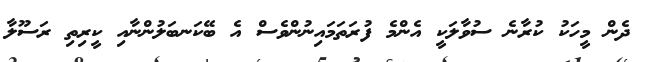
ދެން މީހަކު ކުރާނެ ސުވާލަކީ އެންމެ ފުރަތަމައިނުންވެސް އެ ބޭކަނބަލުންނާއި ކީރިތި ރަސޫލާ